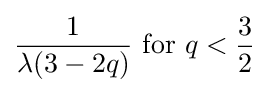
{\frac {1}{\lambda (3-2q)}}{\text{ for }}q<{\frac {3}{2}}